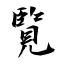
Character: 覧